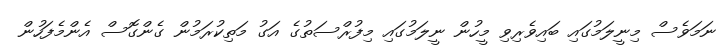
ނަމަވެސް މިނީލަމުގައި ބައިވެރިވި މީހުން ނީލަމުގައި މިފުރްސަތުގެ އަގު މަތިކުރަމުން ގެންގޮސް އެންމެފަހުން